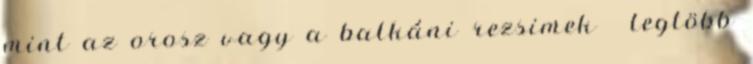
mint az orosz vagy a balkáni rezsimek → legtöbb